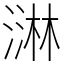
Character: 㵉